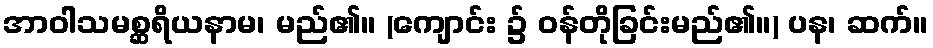
အာဝါသမစ္ဆရိယနာမ၊ မည်၏။ (ကျောင်း ၌ ဝန်တိုခြင်းမည်၏။) ပန၊ ဆက်။